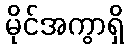
မိုင်အကွာရှိ